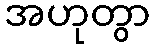
အဟုတွာ